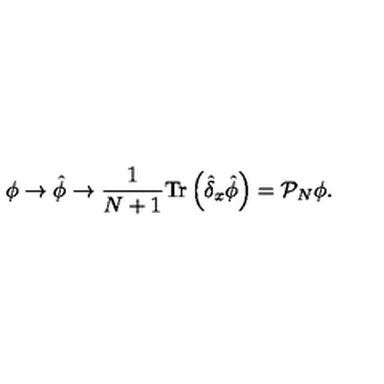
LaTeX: \phi \to \hat { \phi } \to { \frac { 1 } { N + 1 } } \mathrm { T r } \left( \hat { \delta } _ { x } \hat { \phi } \right) = { \cal P } _ { N } \phi .